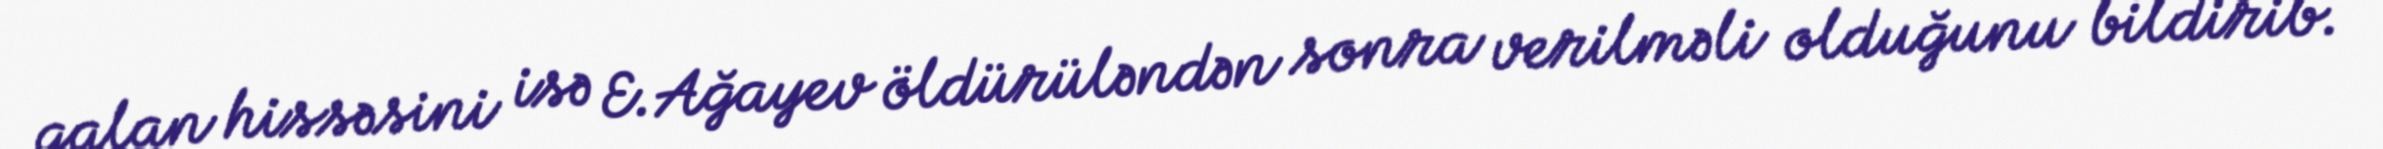
qalan hissəsini isə E.Ağayev öldürüləndən sonra verilməli olduğunu bildirib.